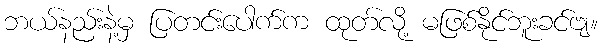
ဘယ်နည်းနဲ့မှ ပြတင်းပေါက်က ထုတ်လို့ မဖြစ်နိုင်ဘူးခင်ဗျ။